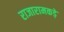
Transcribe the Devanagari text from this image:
राजारामकड़े